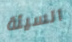
السيئة